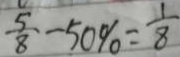
\frac { 5 } { 8 } - 5 0 \% = \frac { 1 } { 8 }